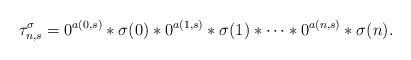
LaTeX: \begin{align*}\tau_{n,s}^{\sigma} = 0^{a(0,s)} \ast\sigma(0)\ast 0^{a(1,s)}\ast\sigma(1)\ast\cdots \ast0^{a(n,s)}\ast\sigma(n).\end{align*}